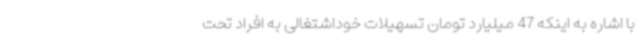
با اشاره به اینکه 47 میلیارد تومان تسهیلات خوداشتغالی به افراد تحت